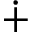
\dotplus